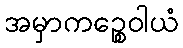
အမှာကဉ္စေဝါယံ